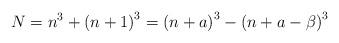
LaTeX: \begin{align*}N=n^{3}+\left(n+1\right)^{3}=\left(n+a\right)^{3}-\left(n+a-\beta\right)^{3}\end{align*}